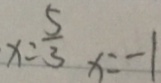
x = \frac { 5 } { 3 } x = - 1